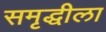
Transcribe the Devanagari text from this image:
समृद्धीला